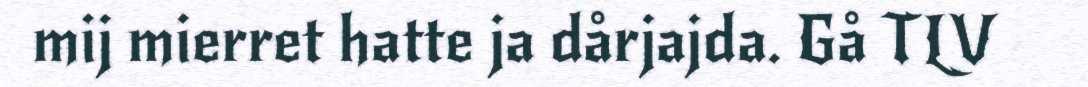
mij mierret hatte ja dårjajda. Gå TLV